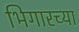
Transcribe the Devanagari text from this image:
भिगारच्या